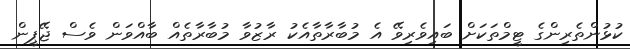
ކުޅުންތެރިންގެ ޓީމްތަކަށް ބައިވެރިވޭ އެ މުބާރާތާއެކު ރާޒުވާ މުބާރާތެއް ބާއްވަން ވެސް ޖޭޕީން